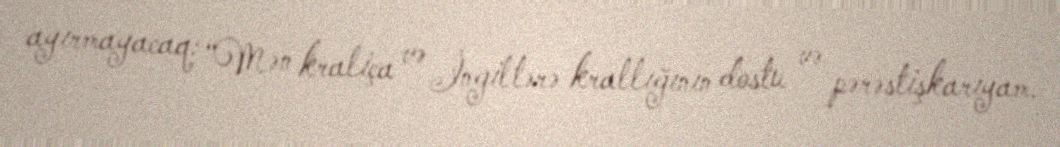
ayırmayacaq: “Mən kraliça və İngiltərə krallığının dostu və pərəstişkarıyam.